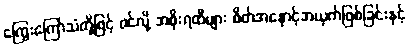
ကြွေးကြော်သံတို့ဖြင့် ဝင်လို့ အစိုးရထီများ စိတ်အနှောင့်အယှက်ဖြစ်ခြင်းနှင့်